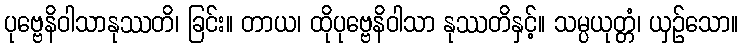
ပုဗ္ဗေနိဝါသာနုဿတိ၊ ခြင်း။ တာယ၊ ထိုပုဗ္ဗေနိဝါသာ နုဿတိနှင့်။ သမ္ပယုတ္တံ၊ ယှဉ်သော။